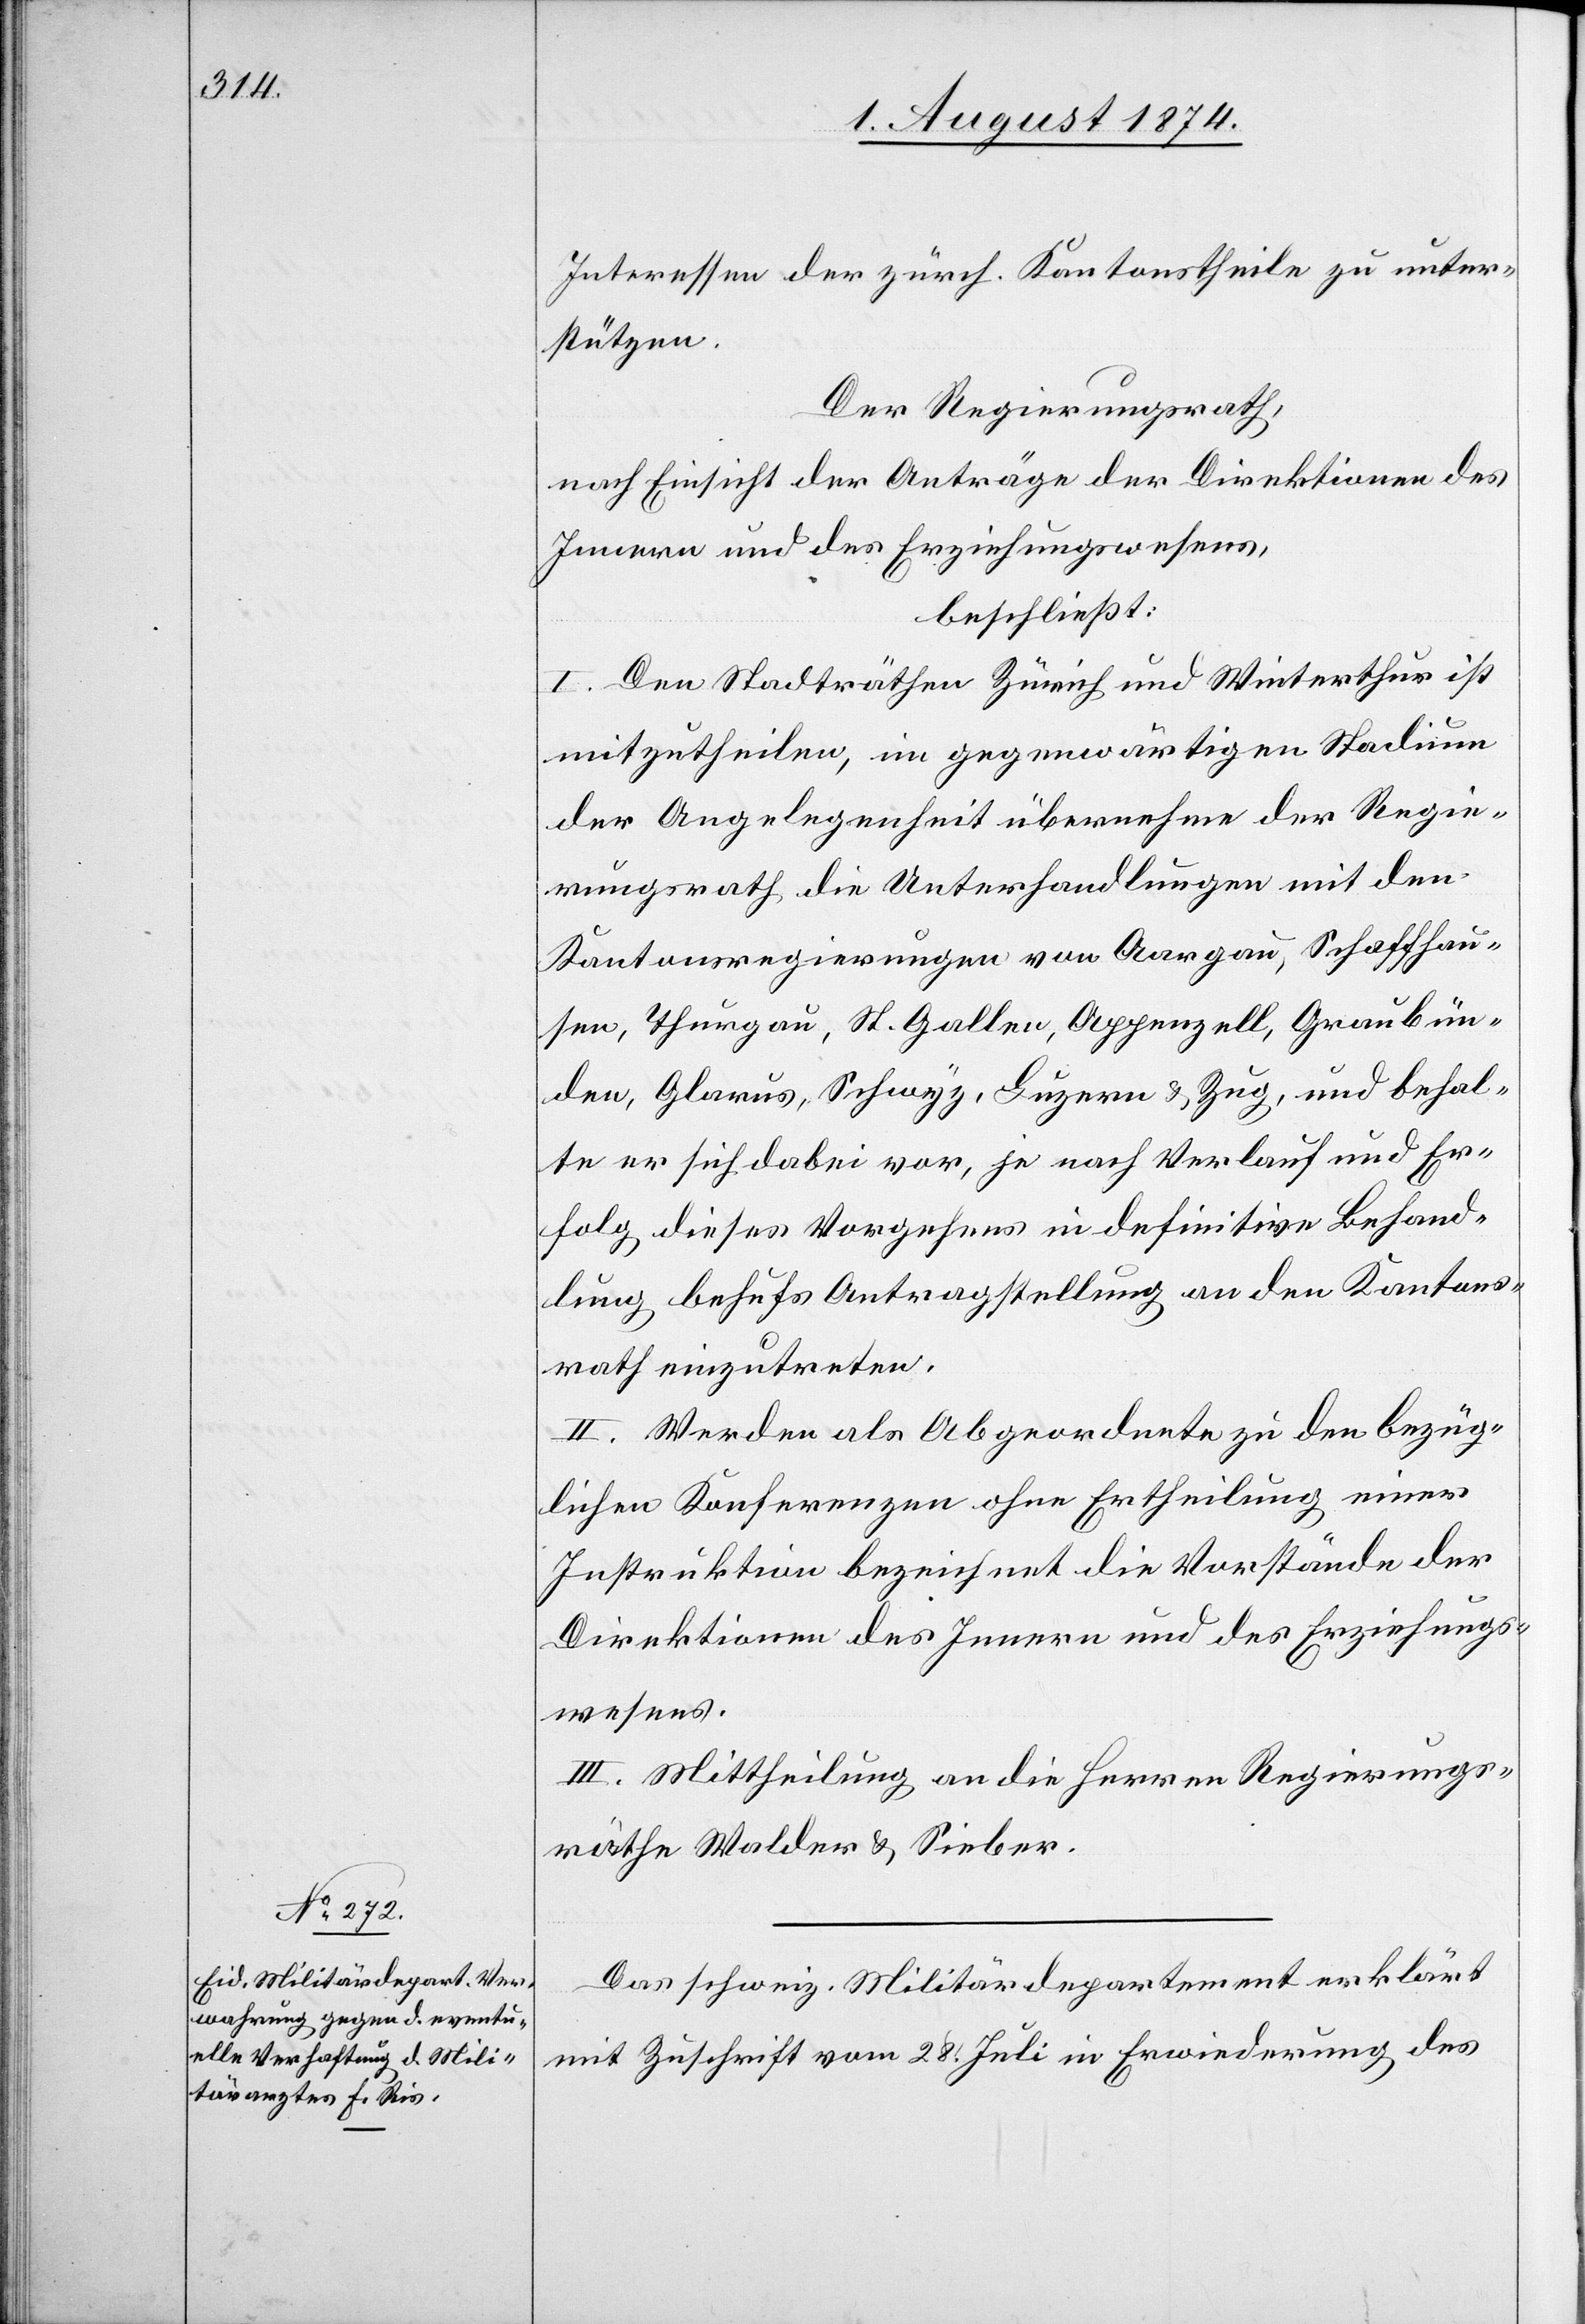
Interessen der zürch. Kantonstheile zu unter¬
stützen.
Der Regierungsrath,
nach Einsicht der Anträge der Direktionen des
Innern und des Erziehungswesens,
beschließt:
I. Den Stadträthen Zürich und Winterthur ist
mitzutheilen, im gegenwärtigen Stadium
der Angelegenheit übernehme der Regie¬
rungsrath die Unterhandlungen mit den
Kantonsregierungen von Aargau, Schaffhau¬
sen, Thurgau, St. Gallen, Appenzell, Graubün¬
den, Glarus, Schwyz, Luzern u. Zug, und behal¬
te er sich dabei vor, je nach Verlauf und Er¬
folg dieses Vorgehens in definitive Behand¬
lung behufs Antragstellung an den Kantons¬
rath einzutreten.
II. Werden als Abgeordnete zu den bezüg¬
lichen Konferenzen ohne Ertheilung einer
Instruktion bezeichnet die Vorstände der
Direktionen des Innern und des Erziehungs¬
wesens.
III. Mittheilung an die Herren Regierungs¬
räthe Walder u. Sieber.
Das schweiz. Militärdepartement erklärt
mit Zuschrift vom 28. Juli in Erwiederung des